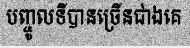
បញ្ចូលទីបានច្រើនជាងគេ